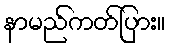
နာမည်ကတ်ပြား။